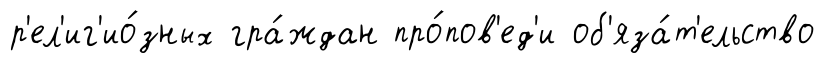
р'ел'иг'ио́зных гра́ждан про́пов'ед'и об'яза́т'ельство